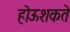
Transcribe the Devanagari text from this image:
होऊशकते